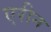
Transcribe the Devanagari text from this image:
एरीन